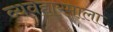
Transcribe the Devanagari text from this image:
व्यवहारमाला